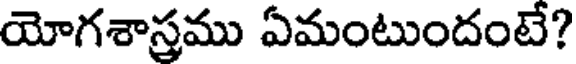
యోగశాస్రము ఏమంటుందంటే?